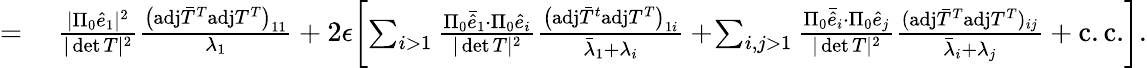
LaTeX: \begin{array}{rl}{=}&{{}~\frac{\vert\Pi_{0}\hat{e}_{1}\vert^{2}}{\vert\operatorname*{det}T\vert^{2}}\frac{\big(\mathrm{adj}\bar{T}^{T}\mathrm{adj}T^{T}\big)_{11}}{\lambda_{1}}+2\epsilon\! \left[\sum_{i>1}\frac{\Pi_{0}\bar{\hat{e}}_{1}\cdot\Pi_{0}\hat{e}_{i}}{\vert\operatorname*{det}T\vert^{2}}\frac{\big(\mathrm{adj}\bar{T}^{t}\mathrm{adj}T^{T}\big)_{1i}}{\bar{\lambda}_{1}+\lambda_{i}}+\! \sum_{i,j>1}\frac{\Pi_{0}\bar{\hat{e}}_{i}\cdot\Pi_{0}\hat{e}_{j}}{\vert\operatorname*{det}T\vert^{2}}\frac{(\mathrm{adj}\bar{T}^{T}\mathrm{adj}T^{T})_{ij}}{\bar{\lambda}_{i}+\lambda_{j}}+\mathrm{c.c.}\right].}\end{array}